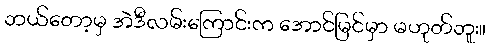
ဘယ်တော့မှ အဲဒီလမ်းကြောင်းက အောင်မြင်မှာ မဟုတ်ဘူး။